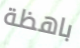
باهظة